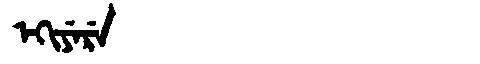
Manchu: ᡝᡴᡳᠶᡝᡵᡝ
Romanization: EKIYERE